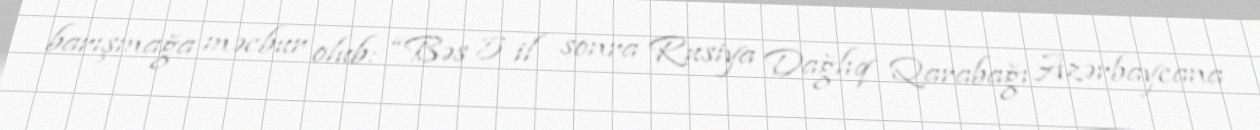
barışmağa məcbur olub: “Bəs 5 il sonra Rusiya Dağlıq Qarabağı Azərbaycana